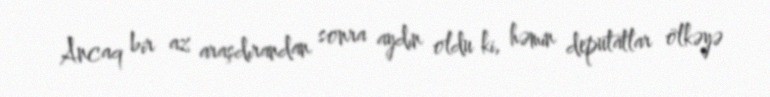
Ancaq bir az araşdırandan sonra aydın oldu ki, həmin deputatlar ölkəyə